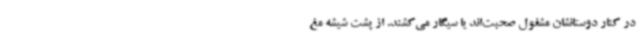
در کنار دوستانشان مشغول صحبت‌اند یا سیگار می‌کشند. از پشت شیشه مغ